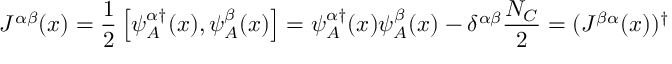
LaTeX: J ^ { \alpha \beta } ( x ) = { \frac { 1 } { 2 } } \left[ \psi _ { A } ^ { \alpha \dagger } ( x ) , \psi _ { A } ^ { \beta } ( x ) \right] = \psi _ { A } ^ { \alpha \dagger } ( x ) \psi _ { A } ^ { \beta } ( x ) - \delta ^ { \alpha \beta } { \frac { { \cal N } _ { C } } { 2 } } = ( J ^ { \beta \alpha } ( x ) ) ^ { \dagger }